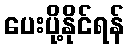
ပေးပို့နိုင်ရန်